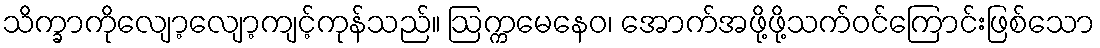
သိက္ခာကိုလျော့လျော့ကျင့်ကုန်သည်။ ဩက္ကမေနေဝ၊ အောက်အဖို့ဖို့သက်ဝင်ကြောင်းဖြစ်သော